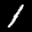
Label: 1